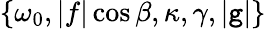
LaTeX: \{ \omega_{0},|f|\cos\beta,\kappa,\gamma,|\mathtt{g}|\}